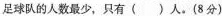
足球队的人数最少，只有（）人。(8分)